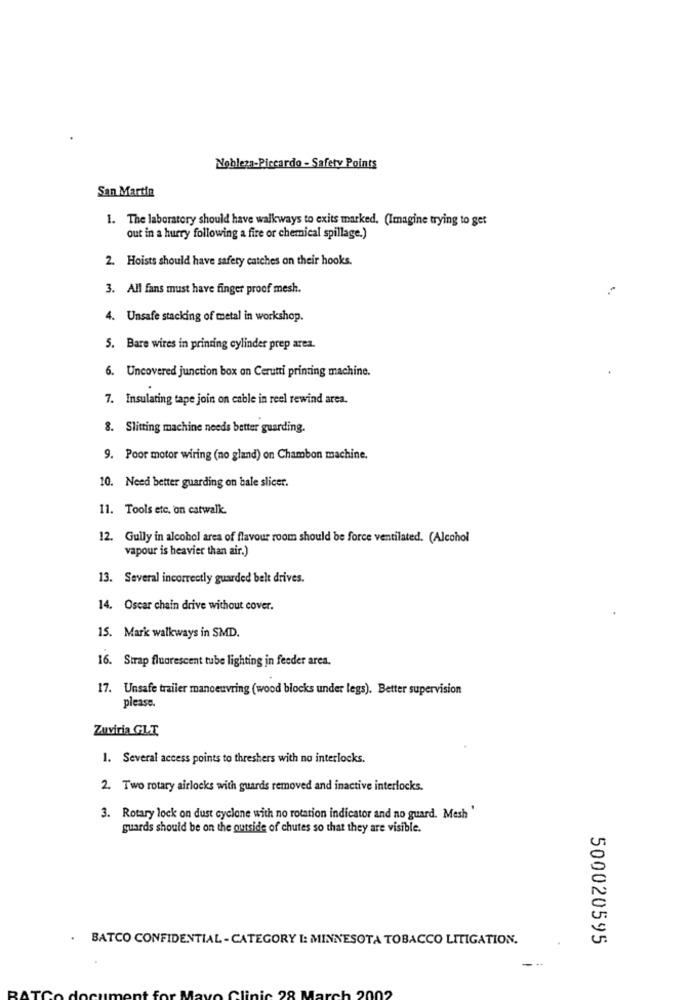
Nobleza-Piccardo - Safety Points
San Martin
1. The laboratory should have walkways to exits marked. (Imagine trying to get
out in a hurry following a fire or chemical spillage.)
2. Hoists should have safety catches on their hooks.
3. All fans must have finger proof mesh.
4. Unsafe stacking of metal in workshop.
5. Bare wires in printing cylinder prep area.
6. Uncovered junction box on Cerutti printing machine.
7. Insulating tape join on cable in reel rewind area.
8. Slitting machine needs better guarding.
9. Poor motor wiring (no gland) on Chambon machine.
10. Need better guarding on bale slicer.
11. Tools etc. on catwalk.
12. Gully in alcohol area of flavour room should be force ventilated. (Alcohol
vapour is heavier than air.)
13. Several incorrectly guarded belt drives.
14. Oscar chain drive without cover.
15. Mark walkways in SMD.
16. Strap fluorescent tube lighting in feeder area.
17. Unsafe trailer manoeuvring (wood blocks under legs). Better supervision
please.
Zuviria GLI
1. Several access points to threshers with no interlocks.
2. Two rotary airlocks with guards removed and inactive interlocks.
3. Rotary lock on dust cyclone with no rotation indicator and no guard. Mesh '
guards should be on the outside of chutes so that they are visible.
. BATCO CONFIDENTIAL - CATEGORY I: MINNESOTA TOBACCO LITIGATION.
500020595
--